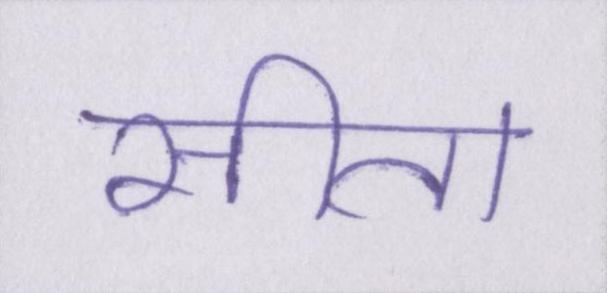
सीता